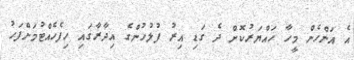
އެ އަންހެން މީހާ ހައްޔަރުކޮށް ދެ ގަޑި އިރު ފުލުހުންގެ އިދާރާގައި ހިފެހެއްޓުމަށްފަހު